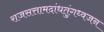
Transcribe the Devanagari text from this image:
राजसत्तामदांधतुंगध्वजन